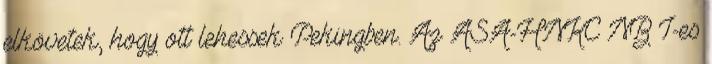
elkövetek, hogy ott lehessek Pekingben. Az ASA-HNKC NB I-es